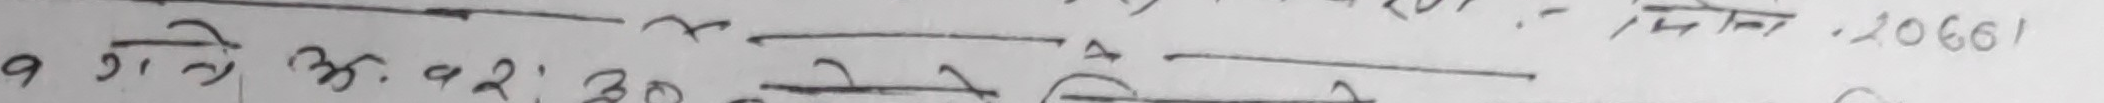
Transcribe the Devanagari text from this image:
अन्तिम - १४. १०६६
१ गि अ २ ३० को अ घ १